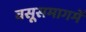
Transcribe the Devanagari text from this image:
वसूसमागमें